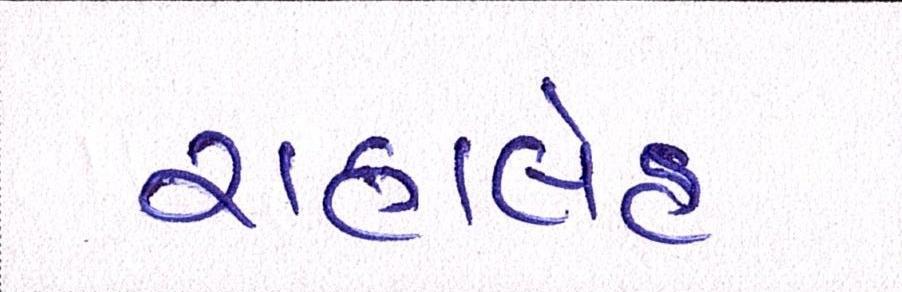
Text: રાહાલેહ